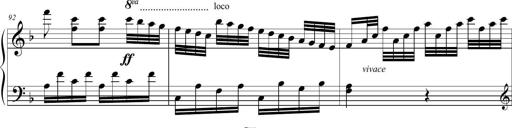
Title: 2 Sonatines faciles et brillantes pour le piano-forte seul
Composer: Carl Czerny